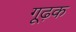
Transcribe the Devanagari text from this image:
गूढ़क